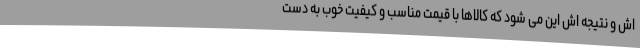
اش و نتیجه اش این می شود که کالاها با قیمت مناسب و کیفیت خوب به دست